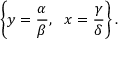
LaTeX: \left\{ y = { \frac { \alpha } { \beta } } , \ \ x = { \frac { \gamma } { \delta } } \right\} .